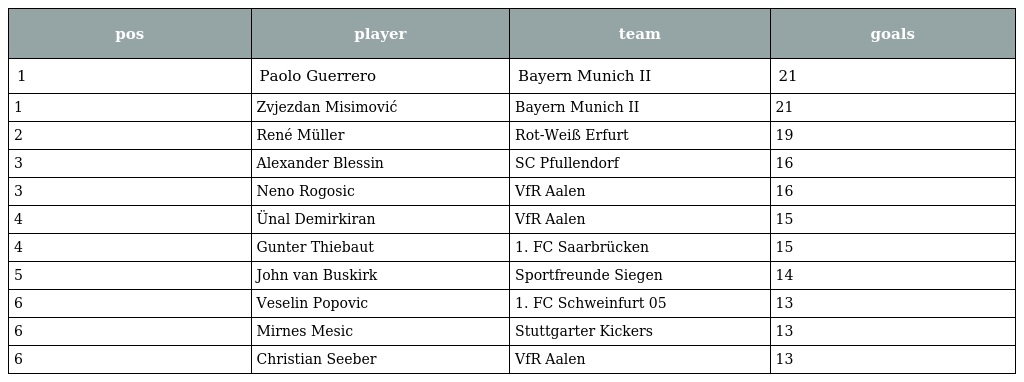
| pos | player | team | goals |
 | --- | --- | --- | --- |
 | 1 | Paolo Guerrero | Bayern Munich II | 21 |
 | 1 | Zvjezdan Misimović | Bayern Munich II | 21 |
 | 2 | René Müller | Rot-Weiß Erfurt | 19 |
 | 3 | Alexander Blessin | SC Pfullendorf | 16 |
 | 3 | Neno Rogosic | VfR Aalen | 16 |
 | 4 | Ünal Demirkiran | VfR Aalen | 15 |
 | 4 | Gunter Thiebaut | 1. FC Saarbrücken | 15 |
 | 5 | John van Buskirk | Sportfreunde Siegen | 14 |
 | 6 | Veselin Popovic | 1. FC Schweinfurt 05 | 13 |
 | 6 | Mirnes Mesic | Stuttgarter Kickers | 13 |
 | 6 | Christian Seeber | VfR Aalen | 13 |